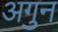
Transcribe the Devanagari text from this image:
अगुन